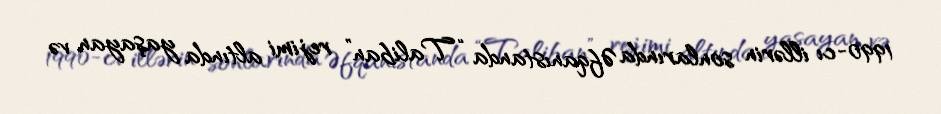
1990-cı illərin sonlarında Əfqanıstanda “Taliban” rejimi altında yaşayan və